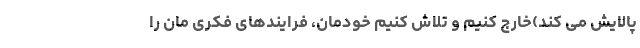
پالایش می کند)خارج کنیم و تلاش کنیم خودمان، فرایندهای فکری مان را